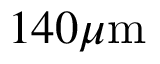
1 4 0 \mu \mathrm { m }